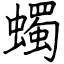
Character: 蠋